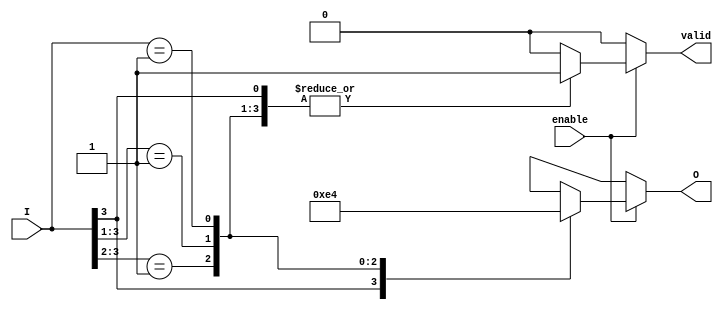
module priority_encoder (
    input wire [3:0] I,       // 4-bit input
    input wire enable,        // Enable signal
    output reg [1:0] O,       // 2-bit output for the encoded value
    output reg valid          // Output valid signal
);

    always @(*) begin
        if (enable) begin
            casez (I)          // Use casez to allow for don't care conditions
                4'b1??? : begin // I[3] is high
                    O = 2'b11;  // Output 3
                    valid = 1'b1;
                end
                4'b01?? : begin // I[2] is high
                    O = 2'b10;  // Output 2
                    valid = 1'b1;
                end
                4'b001? : begin // I[1] is high
                    O = 2'b01;  // Output 1
                    valid = 1'b1;
                end
                4'b0001 : begin // I[0] is high
                    O = 2'b00;  // Output 0
                    valid = 1'b1;
                end
                default : begin   // All inputs are low
                    O = 2'bxx;    // Invalid output
                    valid = 1'b0; // No valid input
                end
            endcase
        end else begin
            O = 2'bxx;            // Invalid output when not enabled
            valid = 1'b0;         // No valid input
        end
    end

endmodule